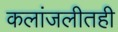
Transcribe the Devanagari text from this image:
कलांजलीतही